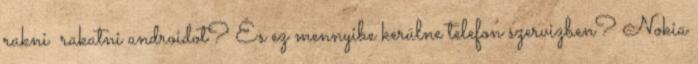
rakni rakatni androidot? És ez mennyibe kerülne telefon szervizben? Nokia